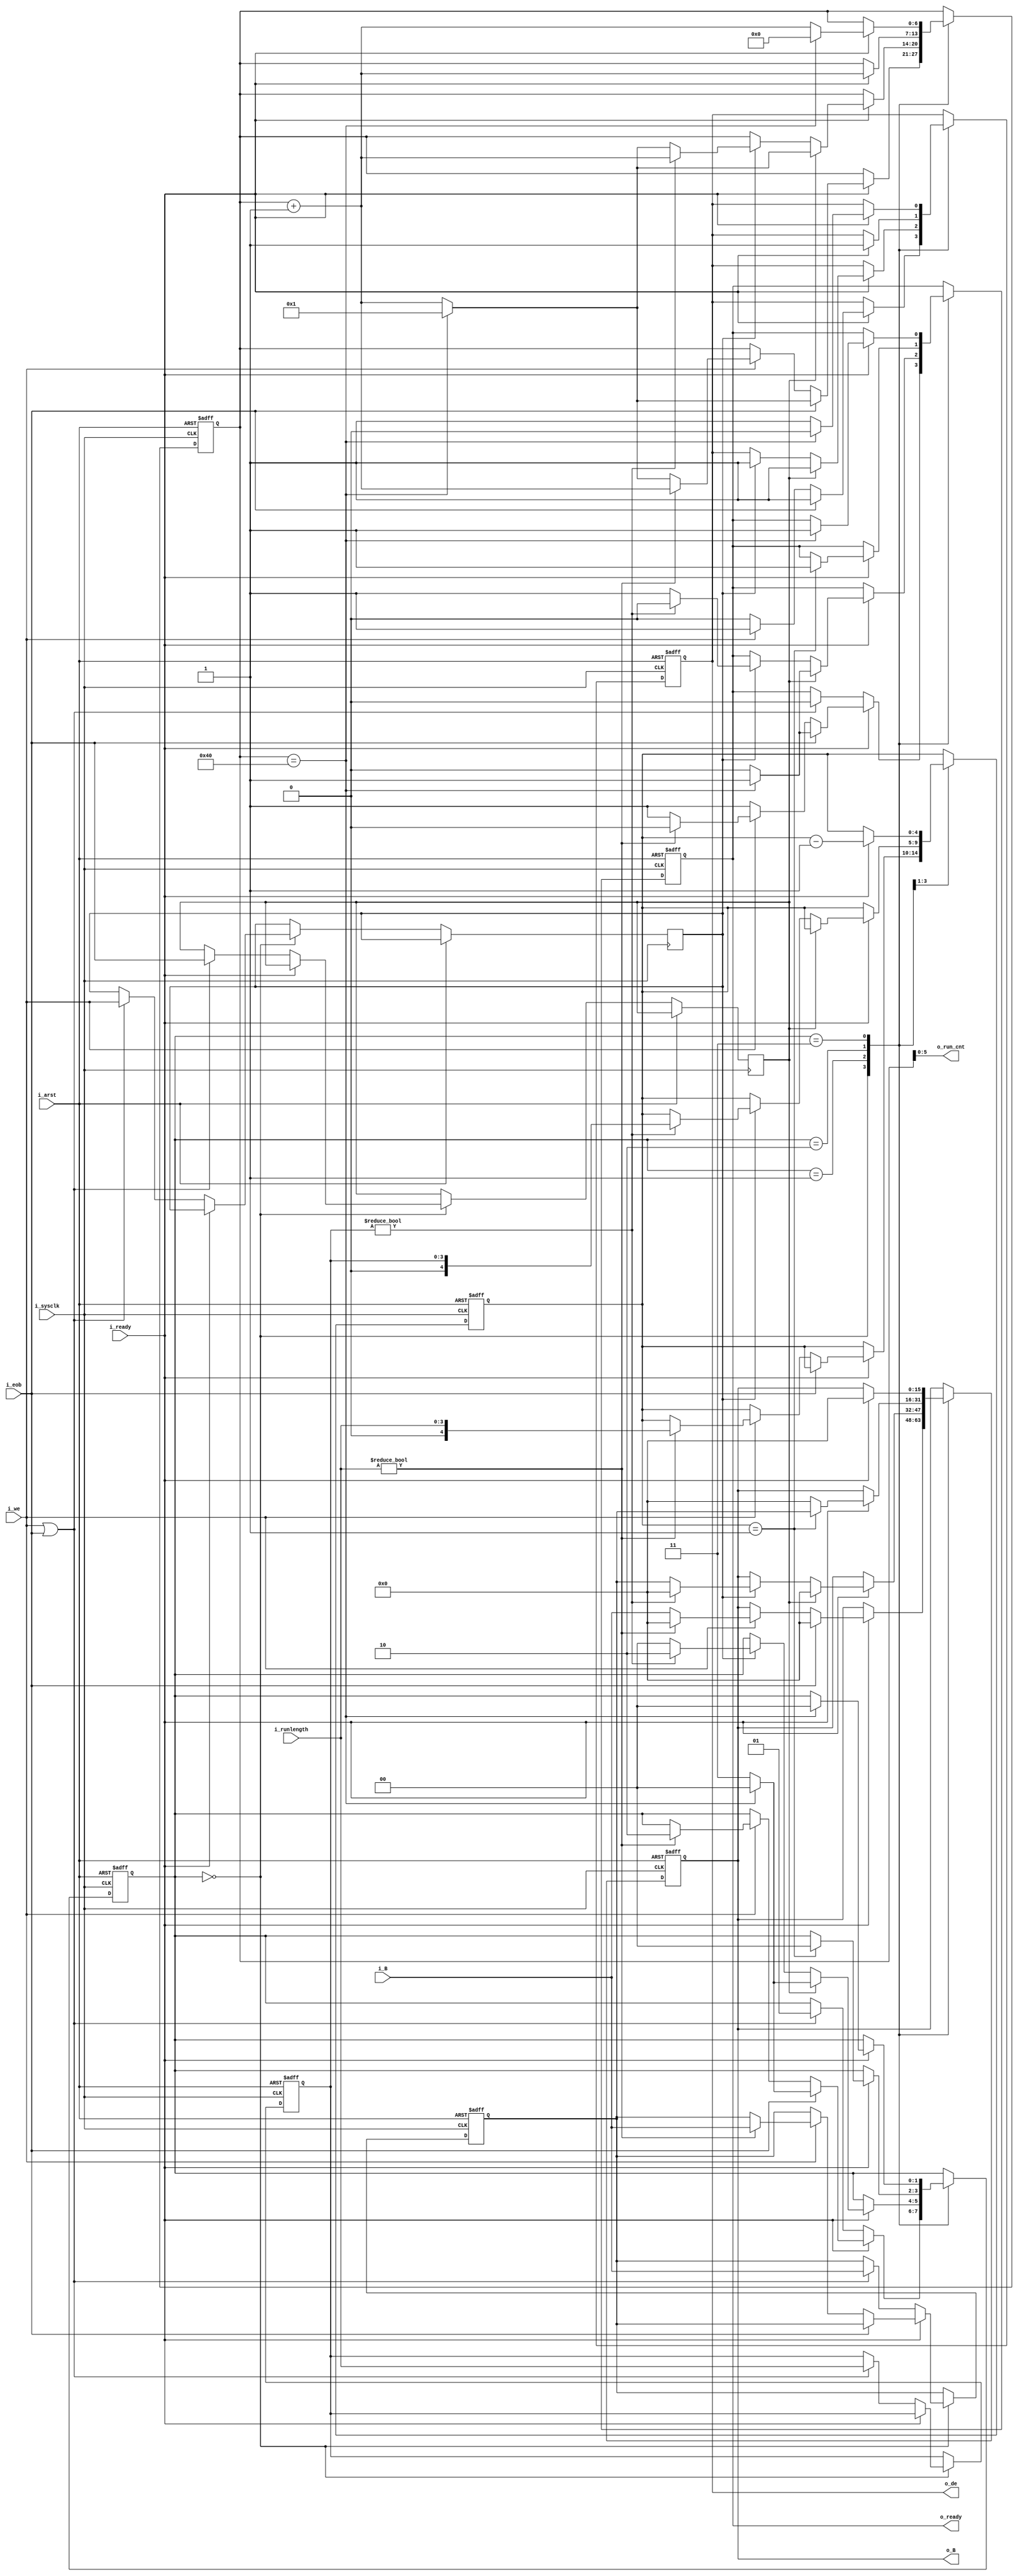
module runlength_shifter
#(
	parameter	AMPLITUDE_PRECISION	= 16,
	parameter	MCU_SIZE			= 64
)
(
	input	i_arst,
	input	i_sysclk,
	input	i_we,
	input	i_eob,
	input	[3:0]i_runlength,
	input	[AMPLITUDE_PRECISION-1:0]i_B,
	output	o_ready,
	output	[5:0]o_run_cnt,
	input	i_ready,
	output	o_de,
	output	[AMPLITUDE_PRECISION-1:0]o_B
);

localparam	s_idle		= 2'b00;
localparam	s_flush		= 2'b01;
localparam	s_run_zero	= 2'b10;
localparam	s_run_eob	= 2'b11;

wire	[6:0]w_mcu_size;

reg		[1:0]r_shift_state_1P;
reg		r_ready_1P;
reg		[4:0]r_len_cnt_1P;
reg		[6:0]r_run_cnt_1P;
reg		r_de_1P;
reg		[AMPLITUDE_PRECISION-1:0]r_B_1P;

reg		r_we_hold_1P;
reg		r_eob_hold_1P;
reg		[3:0]r_runlength_hold_1P;
reg		[AMPLITUDE_PRECISION-1:0]r_B_hold_1P;

assign	w_mcu_size	= MCU_SIZE;

always@(posedge i_arst or posedge i_sysclk)
begin
	if (i_arst)
	begin
		r_shift_state_1P	<= s_idle;
		r_ready_1P			<= 1'b1;
		r_len_cnt_1P		<= {5{1'b0}};
		r_run_cnt_1P		<= {7{1'b0}};
		r_de_1P				<= 1'b0;
		r_B_1P				<= {AMPLITUDE_PRECISION{1'b0}};
		r_runlength_hold_1P	<= {4{1'b0}};
		r_B_hold_1P			<= {AMPLITUDE_PRECISION{1'b0}};
	end
	else
	begin
		case (r_shift_state_1P)
			s_idle:
			begin
				if (i_ready)
				begin
					r_ready_1P	<= 1'b1;
					r_de_1P		<= 1'b0;
					if (i_eob)
					begin
						r_shift_state_1P	<= s_run_eob;
						r_ready_1P			<= 1'b0;
						r_de_1P				<= 1'b1;
						r_B_1P				<= {AMPLITUDE_PRECISION{1'b0}};
						r_run_cnt_1P		<= r_run_cnt_1P+1'b1;
//						if ((r_run_cnt_1P == {7{1'b0}}))
//						begin
//							r_shift_state_1P	<= s_idle;
//							r_ready_1P			<= 1'b1;
//							r_run_cnt_1P		<= {7{1'b0}};
//						end
//						else if (r_run_cnt_1P == {1'b1, {6{1'b0}}})
//						else if (r_run_cnt_1P == w_mcu_size)
						if (r_run_cnt_1P == w_mcu_size)
						begin
							r_shift_state_1P	<= s_idle;
							r_ready_1P			<= 1'b1;
//							r_run_cnt_1P		<= {7{1'b0}};
							r_run_cnt_1P		<= {7{1'b0}}+1'b1;
						end
					end
					else if (i_we)
					begin
						if (i_runlength	!= 4'd0)
						begin
							r_shift_state_1P	<= s_run_zero;
							r_ready_1P			<= 1'b0;
							r_len_cnt_1P		<= i_runlength;
							r_run_cnt_1P		<= r_run_cnt_1P+1'b1;
							r_de_1P				<= 1'b1;
							r_B_1P				<= {AMPLITUDE_PRECISION{1'b0}};
							r_B_hold_1P			<= i_B;
						end
						else
						begin
							r_run_cnt_1P	<= r_run_cnt_1P+1'b1;
							r_de_1P			<= 1'b1;
							if (r_run_cnt_1P == w_mcu_size)
//								r_run_cnt_1P	<= {7{1'b0}};
								r_run_cnt_1P	<= {7{1'b0}}+1'b1;
							r_B_1P			<= i_B;
						end
					end
				end
				else
				begin
					// TODO
					if (i_we | i_eob)
					begin
						r_shift_state_1P	<= s_flush;
						r_ready_1P			<= 1'b0;
						r_we_hold_1P		<= i_we;
						r_eob_hold_1P		<= i_eob;
						r_runlength_hold_1P	<= i_runlength;
						r_B_hold_1P			<= i_B;
					end
/*					else
					begin
						r_ready_1P	<= 1'b0;
					end*/
				end
			end
			
			s_flush:
			begin
				if (i_ready)
				begin
					if (r_eob_hold_1P)
					begin
						r_shift_state_1P	<= s_run_eob;
						r_ready_1P			<= 1'b0;
						r_de_1P				<= 1'b1;
						r_B_1P				<= {AMPLITUDE_PRECISION{1'b0}};
						r_run_cnt_1P		<= r_run_cnt_1P+1'b1;
//						if (r_run_cnt_1P == {7{1'b0}})
//						begin
//							r_shift_state_1P	<= s_idle;
//							r_ready_1P			<= 1'b1;
//							r_run_cnt_1P		<= {7{1'b0}};
//						end
//						else if (r_run_cnt_1P == {1'b1, {6{1'b0}}})
//						else if (r_run_cnt_1P == w_mcu_size)
						if (r_run_cnt_1P == w_mcu_size)
						begin
							r_shift_state_1P	<= s_idle;
							r_ready_1P			<= 1'b1;
//							r_run_cnt_1P		<= {7{1'b0}};
							r_run_cnt_1P		<= {7{1'b0}}+1'b1;
						end
					end
					else if (r_we_hold_1P)
					begin
						if (r_runlength_hold_1P	!= 5'd0)
						begin
							r_shift_state_1P	<= s_run_zero;
							r_ready_1P			<= 1'b0;
							r_len_cnt_1P		<= r_runlength_hold_1P;
							r_run_cnt_1P		<= r_run_cnt_1P+1'b1;
							r_de_1P				<= 1'b1;
							r_B_1P				<= {AMPLITUDE_PRECISION{1'b0}};
							r_B_hold_1P			<= r_B_hold_1P;
						end
						else
						begin
							r_shift_state_1P	<= s_idle;
							r_ready_1P			<= 1'b1;
							r_run_cnt_1P		<= r_run_cnt_1P+1'b1;
							r_de_1P				<= 1'b1;
							if (r_run_cnt_1P == w_mcu_size)
//								r_run_cnt_1P	<= {7{1'b0}};
								r_run_cnt_1P	<= {7{1'b0}}+1'b1;
							r_B_1P				<= r_B_hold_1P;
						end
					end
				end
			end
			
			s_run_zero:
			begin
				if (i_ready)
				begin
					r_de_1P			<= 1'b1;
					r_B_1P			<= {AMPLITUDE_PRECISION{1'b0}};
					
					r_len_cnt_1P	<= r_len_cnt_1P-1'b1;
					r_run_cnt_1P	<= r_run_cnt_1P+1'b1;
					if (r_len_cnt_1P == 5'd1)
					begin
						r_shift_state_1P	<= s_idle;
						r_ready_1P			<= 1'b1;
						r_B_1P				<= r_B_hold_1P;
					end
				end
			end
			
			s_run_eob:
			begin
				if (i_ready)
				begin
					r_de_1P			<= 1'b1;
					r_B_1P			<= {AMPLITUDE_PRECISION{1'b0}};
					
					r_run_cnt_1P	<= r_run_cnt_1P+1'b1;
//					if ((r_run_cnt_1P == {7{1'b0}}))
//					begin
//						r_shift_state_1P	<= s_idle;
//						r_ready_1P			<= 1'b1;
//						r_de_1P				<= 1'b0;
////						r_run_cnt_1P		<= {7{1'b0}};
//					end
//					else if ((r_run_cnt_1P == w_mcu_size)
					if (r_run_cnt_1P == w_mcu_size)
					begin
						r_shift_state_1P	<= s_idle;
						r_ready_1P			<= 1'b1;
						r_de_1P				<= 1'b0;
						r_run_cnt_1P		<= {7{1'b0}};
//						r_run_cnt_1P		<= {7{1'b0}}+1'b1;
					end
				end
			end
			
			default:
			begin
				r_shift_state_1P	<= s_idle;
				r_ready_1P			<= 1'b1;
				r_len_cnt_1P		<= {5{1'b0}};
				r_run_cnt_1P		<= {7{1'b0}};
				r_de_1P				<= 1'b0;
				r_B_1P				<= {AMPLITUDE_PRECISION{1'b0}};
				r_runlength_hold_1P	<= {4{1'b0}};
				r_B_hold_1P			<= {AMPLITUDE_PRECISION{1'b0}};
			end
		endcase
	end
end

assign	o_ready		= r_ready_1P;
assign	o_de		= r_de_1P;
assign	o_run_cnt	= r_run_cnt_1P[5:0];
assign	o_B			= r_B_1P;

endmodule